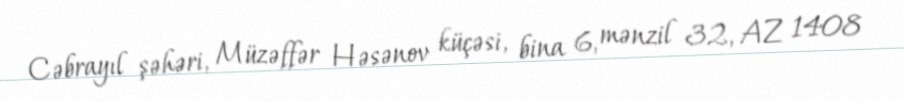
Cəbrayıl şəhəri, Müzəffər Həsənov küçəsi, bina 6, mənzil 32, AZ 1408